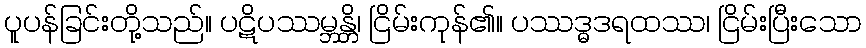
ပူပန်ခြင်းတို့သည်။ ပဋိပဿမ္ဘန္တိ၊ ငြိမ်းကုန်၏။ ပဿဒ္ဓဒရထဿ၊ ငြိမ်းပြီးသော